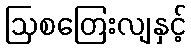
ဩစတြေးလျနှင့်